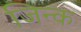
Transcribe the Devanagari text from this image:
जिन्क